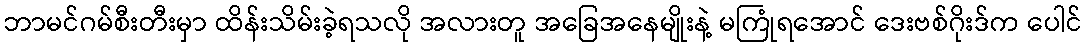
ဘာမင်ဂမ်စီးတီးမှာ ထိန်းသိမ်းခဲ့ရသလို အလားတူ အခြေအနေမျိုးနဲ့ မကြုံရအောင် ဒေးဗစ်ဂိုးဒ်က ပေါင်